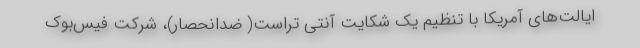
ایالت‌های آمریکا با تنظیم یک شکایت آنتی تراست( ضدانحصار)، شرکت فیس‌بوک